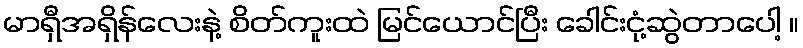
မာရှီအရှိန်လေးနဲ့ စိတ်ကူးထဲ မြင်ယောင်ပြီး ခေါင်းငုံ့ဆွဲတာပေါ့ ။